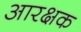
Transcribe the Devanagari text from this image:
आरक्षक